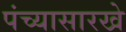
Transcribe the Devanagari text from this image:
पंच्यासारखे